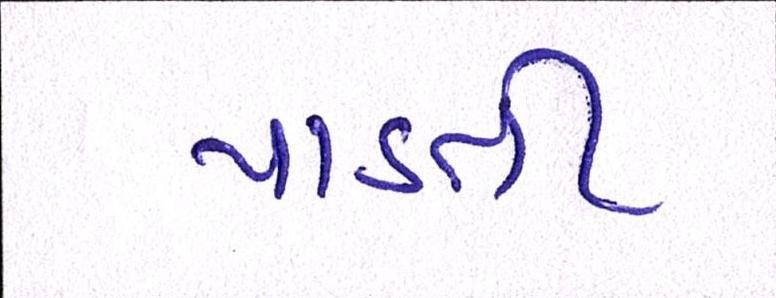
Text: પાડતી